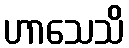
ဟာသေသိ